Trukikaitis_Postimees, lk 17
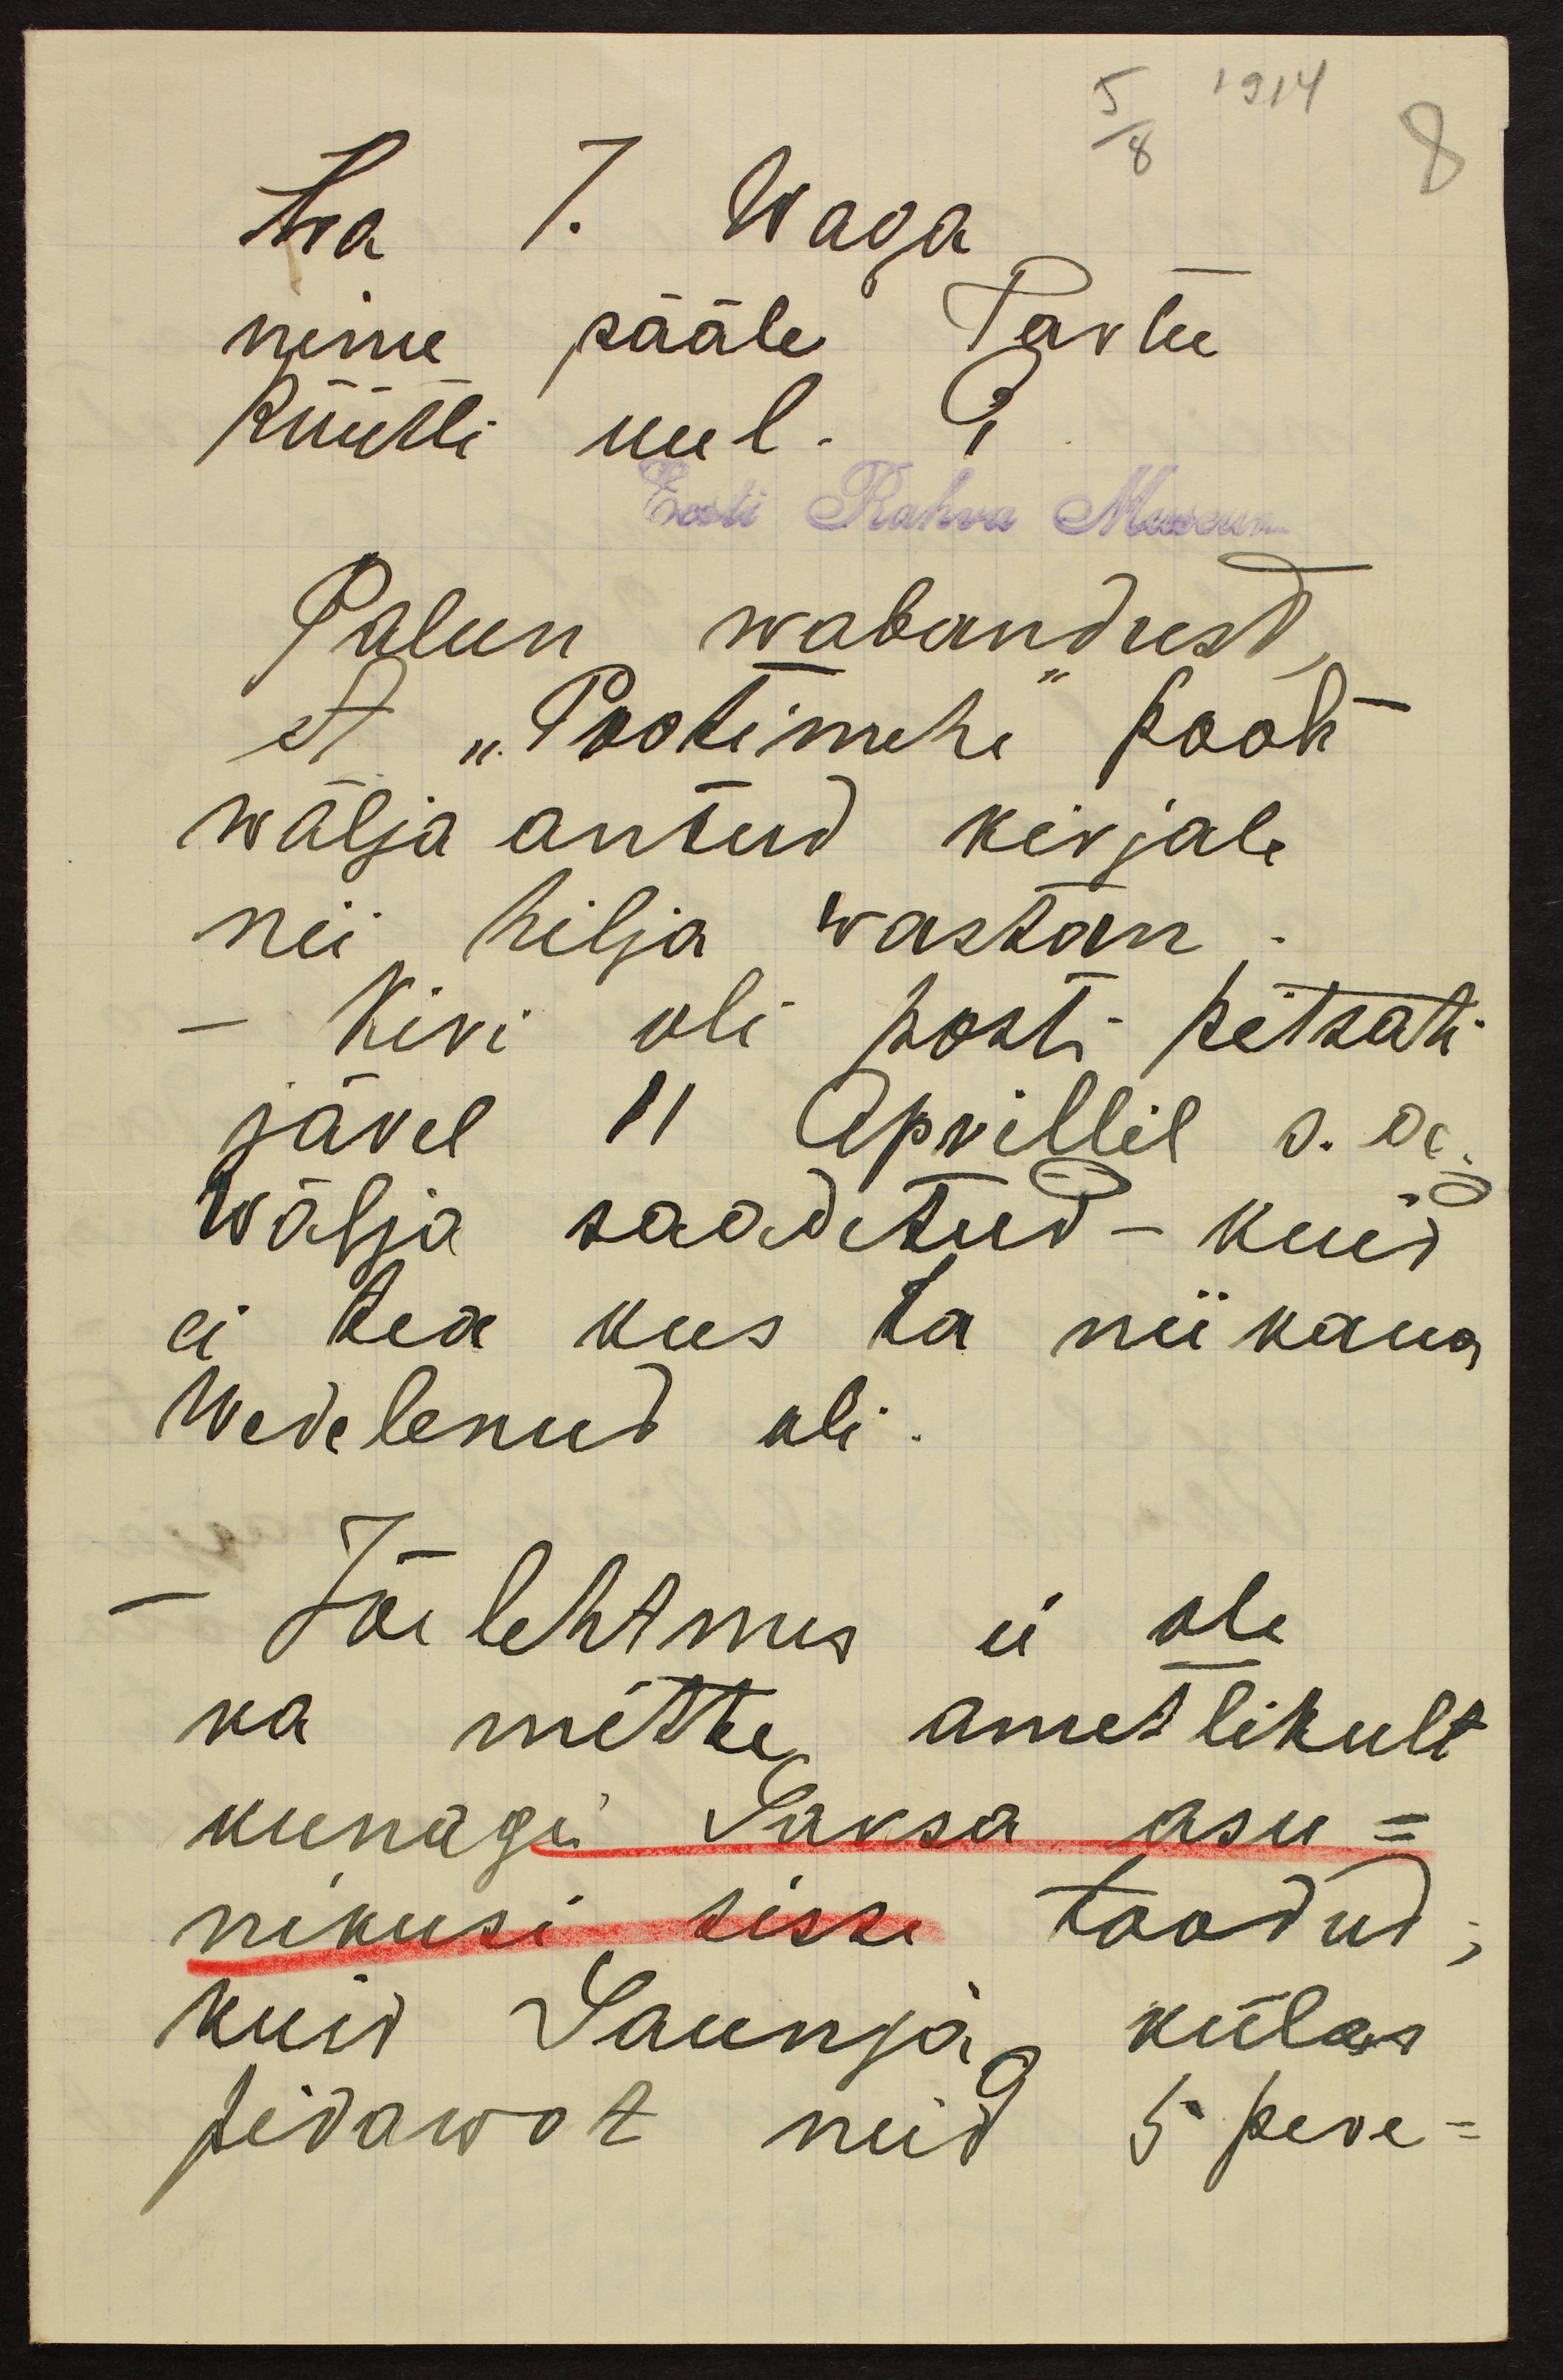
Hra J. Waga
nime pääle Tartu
Rüütli uul. 6
Eesti Rahva Museum
Palun wabandust
et "Postimehe" poolt
wälja antud kirjale
nii hilja wastan
Kiri oli posti pitsati
järel 11 Aprillil s.a.
wälja saadetud - kuid
ei tea kus ta niikaua
Wedelenud oli.
Jõelehtmes ei ole
ka mitte ametlikult
kunagi Saksa asu-
nikusi sisse toodud.
kuis Saunja külas
pidawat neid 5 pere-